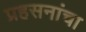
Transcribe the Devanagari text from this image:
प्रहसनांचा